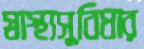
স্বাস্থ্যসুবিধার